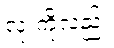
လုံးကိုလည်း